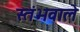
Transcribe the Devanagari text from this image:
स्तंभवाले